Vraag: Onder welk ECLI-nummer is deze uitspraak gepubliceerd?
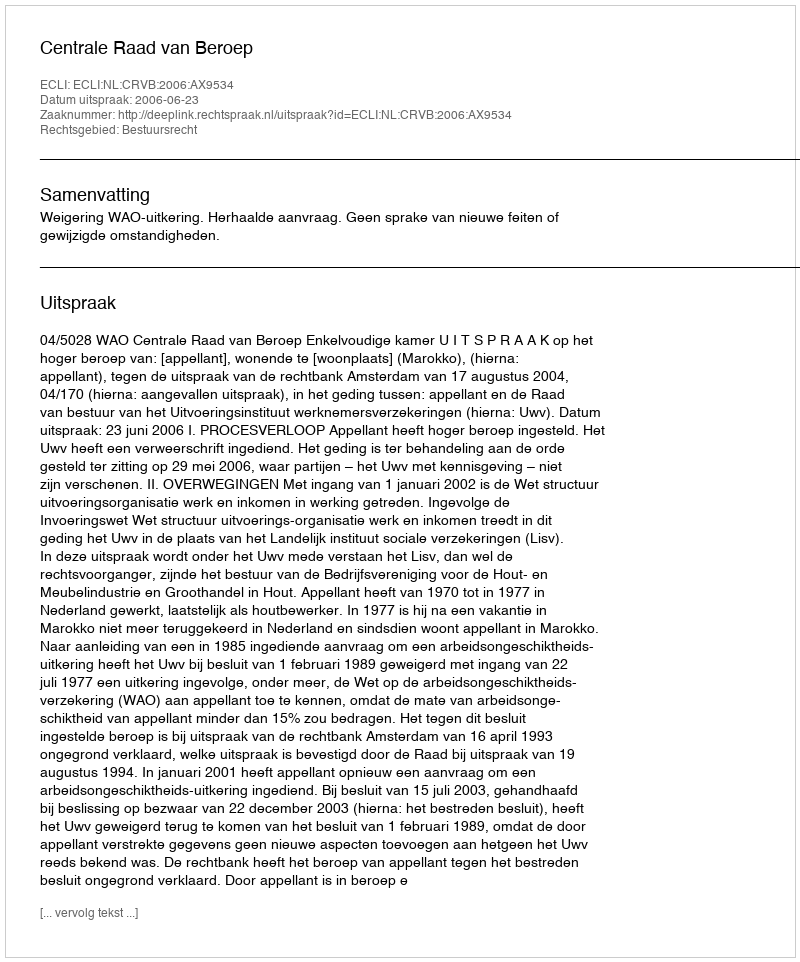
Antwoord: ECLI:NL:CRVB:2006:AX9534